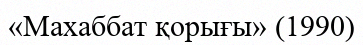
«Махаббат қорығы» (1990)